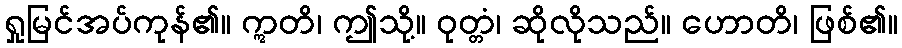
ရှုမြင်အပ်ကုန်၏။ ဣတိ၊ ဤသို့။ ဝုတ္တံ၊ ဆိုလိုသည်။ ဟောတိ၊ ဖြစ်၏။